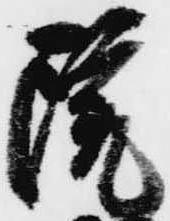
院